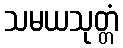
သမယသုတ္တံ